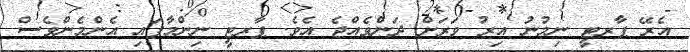
އެރޭ ޕާރޓީ ނިމުނު އިރު ވަރަށް ދަންވެއްޖެ އެވެ. ޕާރޓީ ނިންމާފައި އެންމެންވެސް